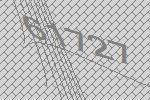
61727